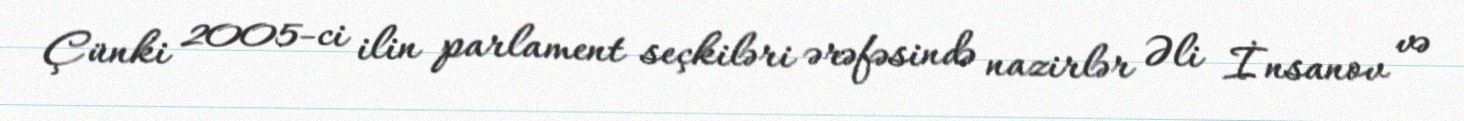
Çünki 2005-ci ilin parlament seçkiləri ərəfəsində nazirlər Əli İnsanov və